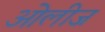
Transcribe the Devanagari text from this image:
ओलीज